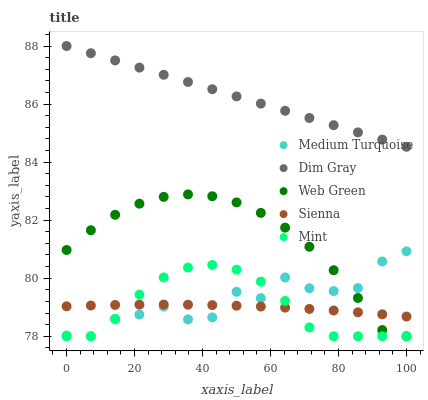
| xaxis_label | Medium Turquoise | Dim Gray | Web Green | Sienna | Mint |
 | --- | --- | --- | --- | --- | --- |
 | 0 | 78 | 88 | 81 | 79 | 78 |
 | 7.14 | 78 | 87.8 | 81.7 | 79.1 | 78 |
 | 14.3 | 78.6 | 87.5 | 82.2 | 79.1 | 78.6 |
 | 21.4 | 78.7 | 87.3 | 82.6 | 79.1 | 79.4 |
 | 28.6 | 79 | 87 | 82.8 | 79.1 | 80 |
 | 35.7 | 78.6 | 86.8 | 82.9 | 79.1 | 80.4 |
 | 42.9 | 78.6 | 86.5 | 82.8 | 79.1 | 80.5 |
 | 50 | 79.5 | 86.3 | 82.6 | 79.1 | 80.3 |
 | 57.1 | 79.3 | 86 | 82.3 | 79 | 79.9 |
 | 64.3 | 80 | 85.8 | 81.7 | 79 | 79.2 |
 | 71.4 | 79.7 | 85.5 | 81.1 | 78.9 | 78.3 |
 | 78.6 | 79.6 | 85.3 | 80.3 | 78.9 | 78 |
 | 85.7 | 79.7 | 85 | 79.3 | 78.8 | 78 |
 | 92.9 | 80.6 | 84.8 | 78.2 | 78.8 | 78 |
 | 100 | 80.9 | 84.5 | 78 | 78.7 | 78 |